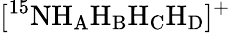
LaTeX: [^{15}\mathrm{NH_{A}H_{B}H_{C}H_{D}}]^{+}